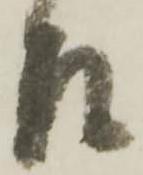
左